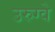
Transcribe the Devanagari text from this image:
उरुग्‍वे